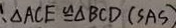
\therefore \Delta A C E \cong \Delta B C D ( S A S )